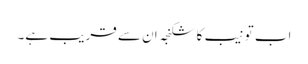
اب تو نیب کا شکنجہ ان سے قریب ہے۔